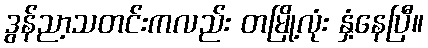
ဒွန်ညာ့သတင်းကလည်း တမြို့လုံး နှံ့နေပြီ။